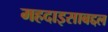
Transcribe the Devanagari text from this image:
महदाइसाबद्दल